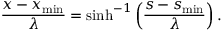
\frac { x - x _ { \mathrm { m i n } } } { \lambda } = \sinh ^ { - 1 } \left( \frac { s - s _ { \mathrm { m i n } } } { \lambda } \right) .